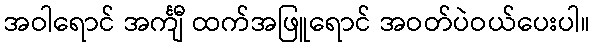
အဝါရောင် အင်္ကျီ ထက်အဖြူရောင် အဝတ်ပဲဝယ်ပေးပါ။